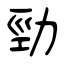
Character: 勁